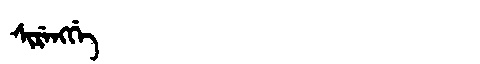
Manchu: ᠰᡳᡵᡝᠩᡤᡝ
Romanization: SIRENGGE